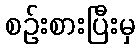
စဉ်းစားပြီးမှ